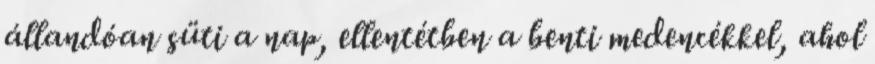
állandóan süti a nap, ellentétben a benti medencékkel, ahol